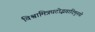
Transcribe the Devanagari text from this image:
विश्वामित्रघटोद्भवादिमुनयो